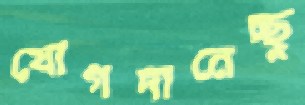
যোগদানেচ্ছু